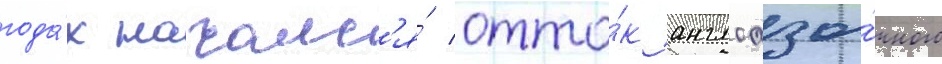
года́х началс'я́ отто́к англоазы́чного